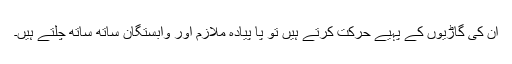
ان کی گاڑیوں کے پہیے حرکت کرتے ہیں تو پا پیادہ ملازم اور وابستگان ساتھ ساتھ چلتے ہیں۔